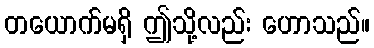
တယောက်မရှိ ဤသို့လည်း ဟောသည်။